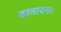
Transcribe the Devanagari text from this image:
वातायन।